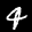
Label: 4